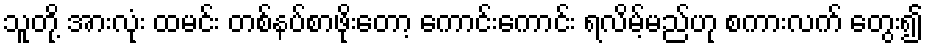
သူတို့ အားလုံး ထမင်း တစ်နပ်စာဖိုးတော့ ကောင်းကောင်း ရလိမ့်မည်ဟု စကားလက် တွေး၍